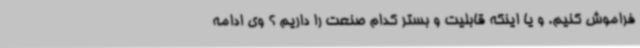
فراموش کنیم. و یا اینکه قابلیت و بستر کدام صنعت را داریم ؟ وی ادامه